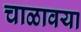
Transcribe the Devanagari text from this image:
चाळावया